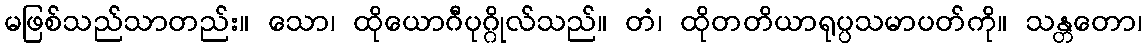
မဖြစ်သည်သာတည်း။ သော၊ ထိုယောဂီပုဂ္ဂိုလ်သည်။ တံ၊ ထိုတတိယာရုပ္ပသမာပတ်ကို။ သန္တတော၊